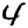
Digit: 4